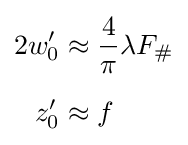
{\begin{aligned}2w_{0}'&\approx {\frac {4}{\pi }}\lambda F_{\#}\\[1.2ex]z_{0}'&\approx f\end{aligned}}